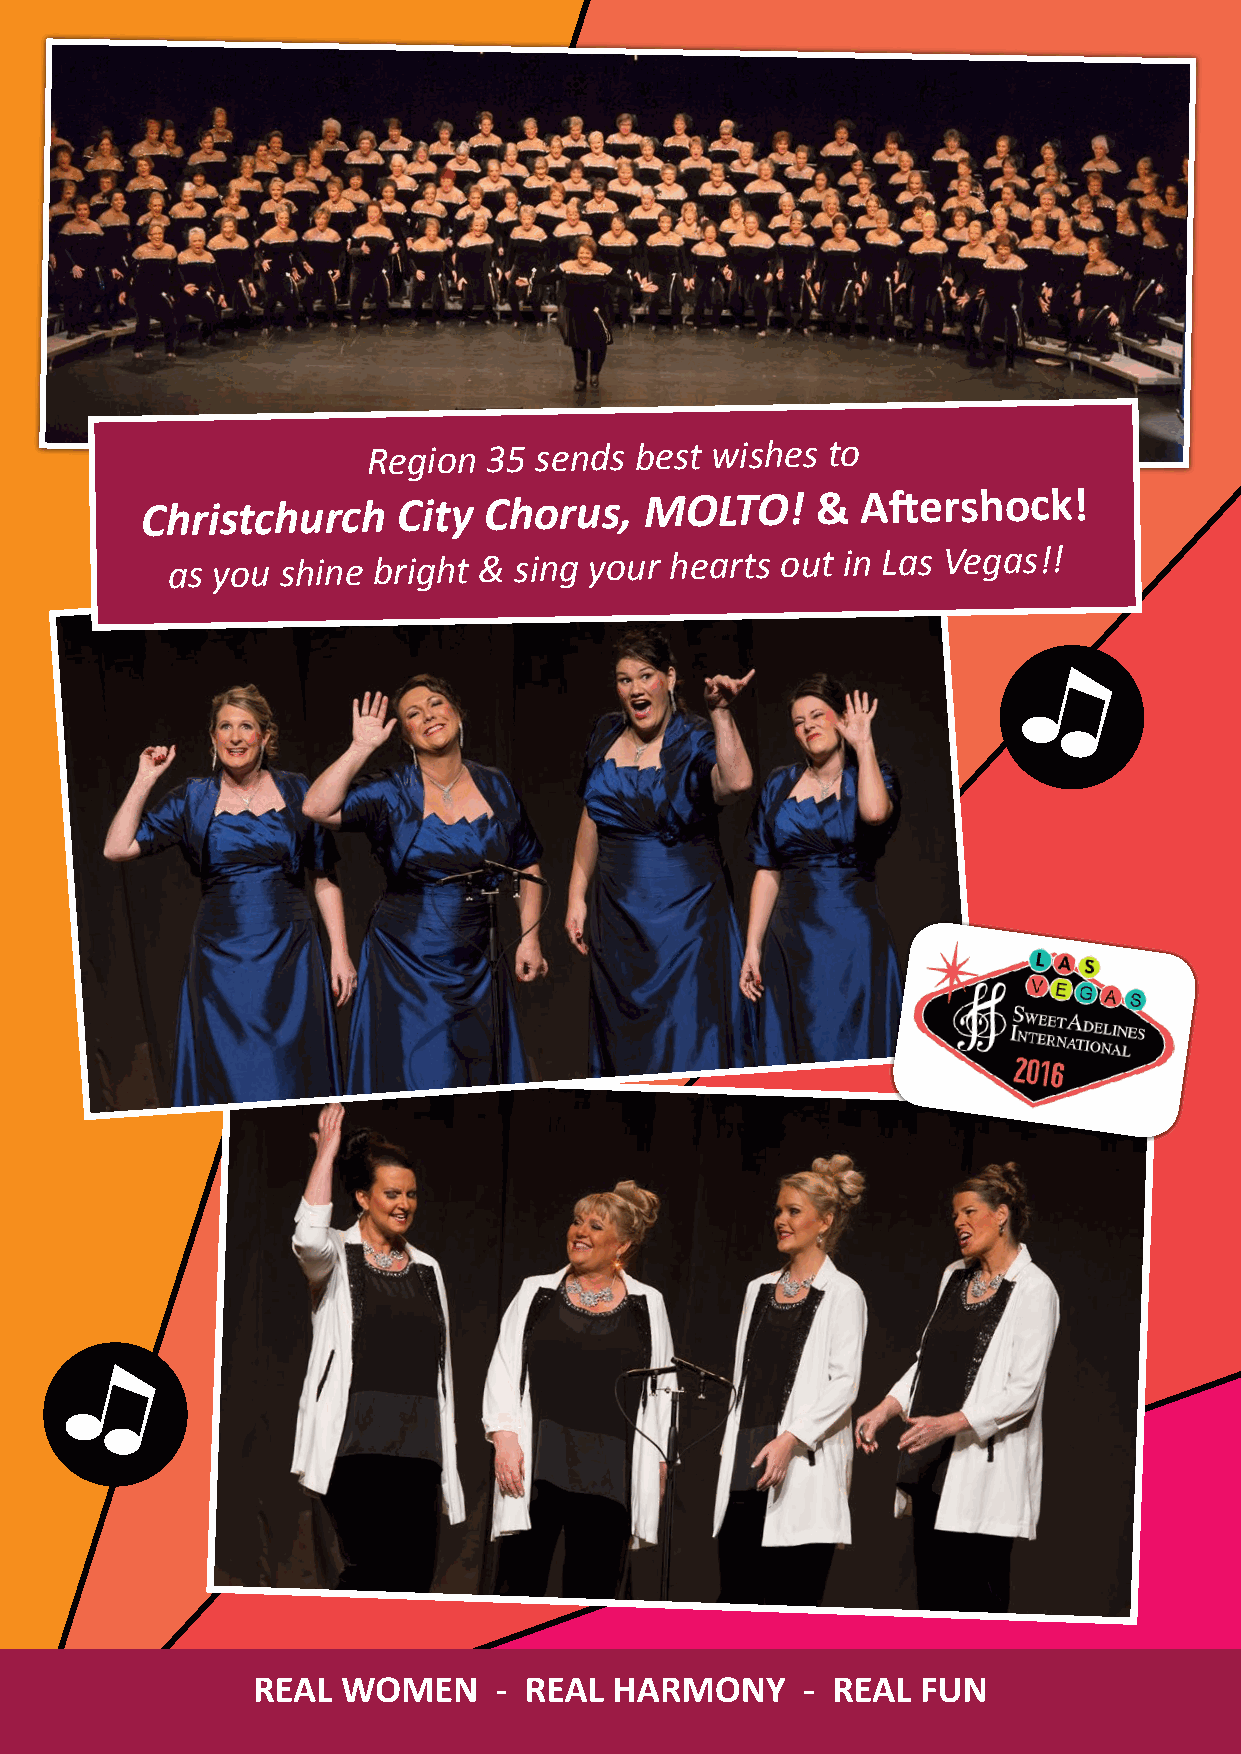
Region  35 sends  best wishes  to
 Christchurch     City  Chorus,    MOLTO!     &  Aftershock!
 as you  shine bright & sing your hearts  out in Las Vegas!!